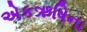
એકઋષિના